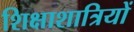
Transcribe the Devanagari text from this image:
शिक्षाशात्रियों